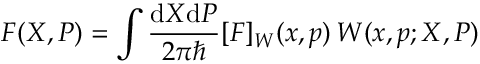
F ( X , P ) = \int \frac { \mathrm { d } X \mathrm { d } P } { 2 \pi \hbar } [ F ] _ { W } ( x , p ) \, W ( x , p ; X , P )